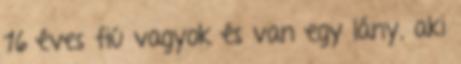
16 éves fiú vagyok és van egy lány, aki